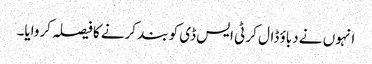
انہوں نے دباؤ ڈال کر ٹی ایس ڈی کو بند کرنے کا فیصلہ کروایا۔